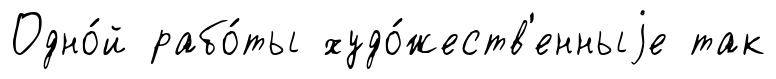
Одно́й рабо́ты худо́жеств'енныjе так